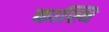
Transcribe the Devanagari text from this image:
कास्थि